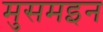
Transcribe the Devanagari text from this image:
मुसमइन